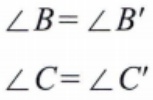
$\angle B = \angle B'$

$\angle C = \angle C'$